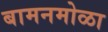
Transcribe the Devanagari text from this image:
बामनमोळा